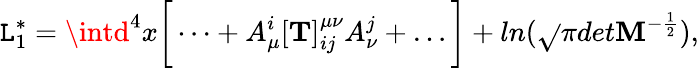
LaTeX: \mathtt{L}_{1}^{*}=\intd^{4}x\bigg[\dots+A_{\mu}^{i}[{\mathbf{T}}]_{ij}^{\mu\nu}A_{\nu}^{j}+\dots\bigg]+ln(\sqrt{}{\pi}det{\mathbf{M}}^{-\frac{1}{2}}),